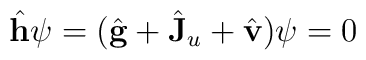
\hat {\bf h} \psi = (\hat {\bf g} + \hat {\bf J}_u +\hat {\bf v})\psi = 0